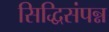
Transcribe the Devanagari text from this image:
सिद्धिसंपन्न